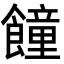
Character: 䭚